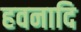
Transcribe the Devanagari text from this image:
हवनादि